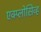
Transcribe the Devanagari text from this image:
एक्प्लोसिव्ह